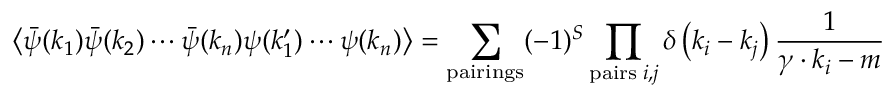
\left\langle { \bar { \psi } } ( k _ { 1 } ) { \bar { \psi } } ( k _ { 2 } ) \cdots { \bar { \psi } } ( k _ { n } ) \psi ( k _ { 1 } ^ { \prime } ) \cdots \psi ( k _ { n } ) \right\rangle = \sum _ { \mathrm { p a i r i n g s } } ( - 1 ) ^ { S } \prod _ { \mathrm { p a i r s } \; i , j } \delta \left( k _ { i } - k _ { j } \right) { \frac { 1 } { \gamma \cdot k _ { i } - m } }